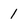
Character: 1